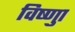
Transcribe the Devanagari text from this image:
विष्णुा